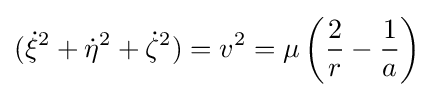
({\dot {\xi }}^{2}+{\dot {\eta }}^{2}+{\dot {\zeta }}^{2})=v^{2}=\mu \left({{2 \over {r}}-{1 \over {a}}}\right)